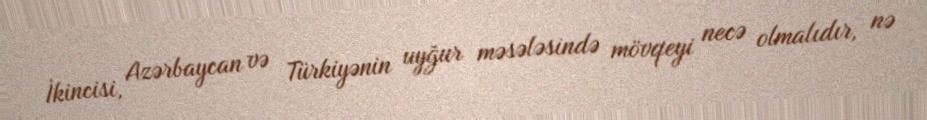
İkincisi, Azərbaycan və Türkiyənin uyğur məsələsində mövqeyi necə olmalıdır, nə